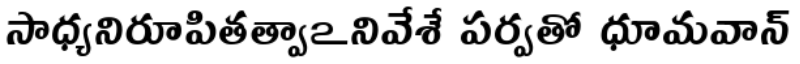
సాధ్యనిరూపితత్వాఽనివేశే పర్వతో ధూమవాన్